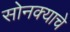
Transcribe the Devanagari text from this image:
सोनक्याचे